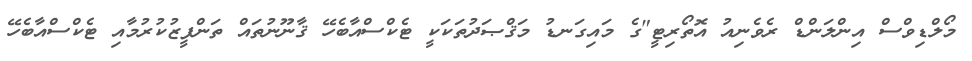
މޯލްޑިވްސް އިންލަންޑް ރެވެނިއު އޮތޯރިޓީ"ގެ މައިގަނޑު މަޤްޞަދުތަކަކީ ޓެކްސްއާބެހޭ ޤާނޫނުތައް ތަންފީޒުކުރުމާއި ޓެކްސްއާބެހޭ